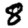
Digit: 8